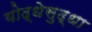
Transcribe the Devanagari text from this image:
योद्धेसुद्धा